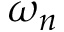
\omega _ { n }